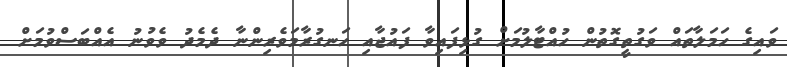
ވައިގެ ހަމަލާތައް ވަގުތީގޮތުން ހުއްޓާލުމަށް ގުޅިފައިވާ ފައުޖާއި ހަނގުރާމަވެރިންނާ ދެމެދު ވެވުނު އެއްބަސްވުމަށް